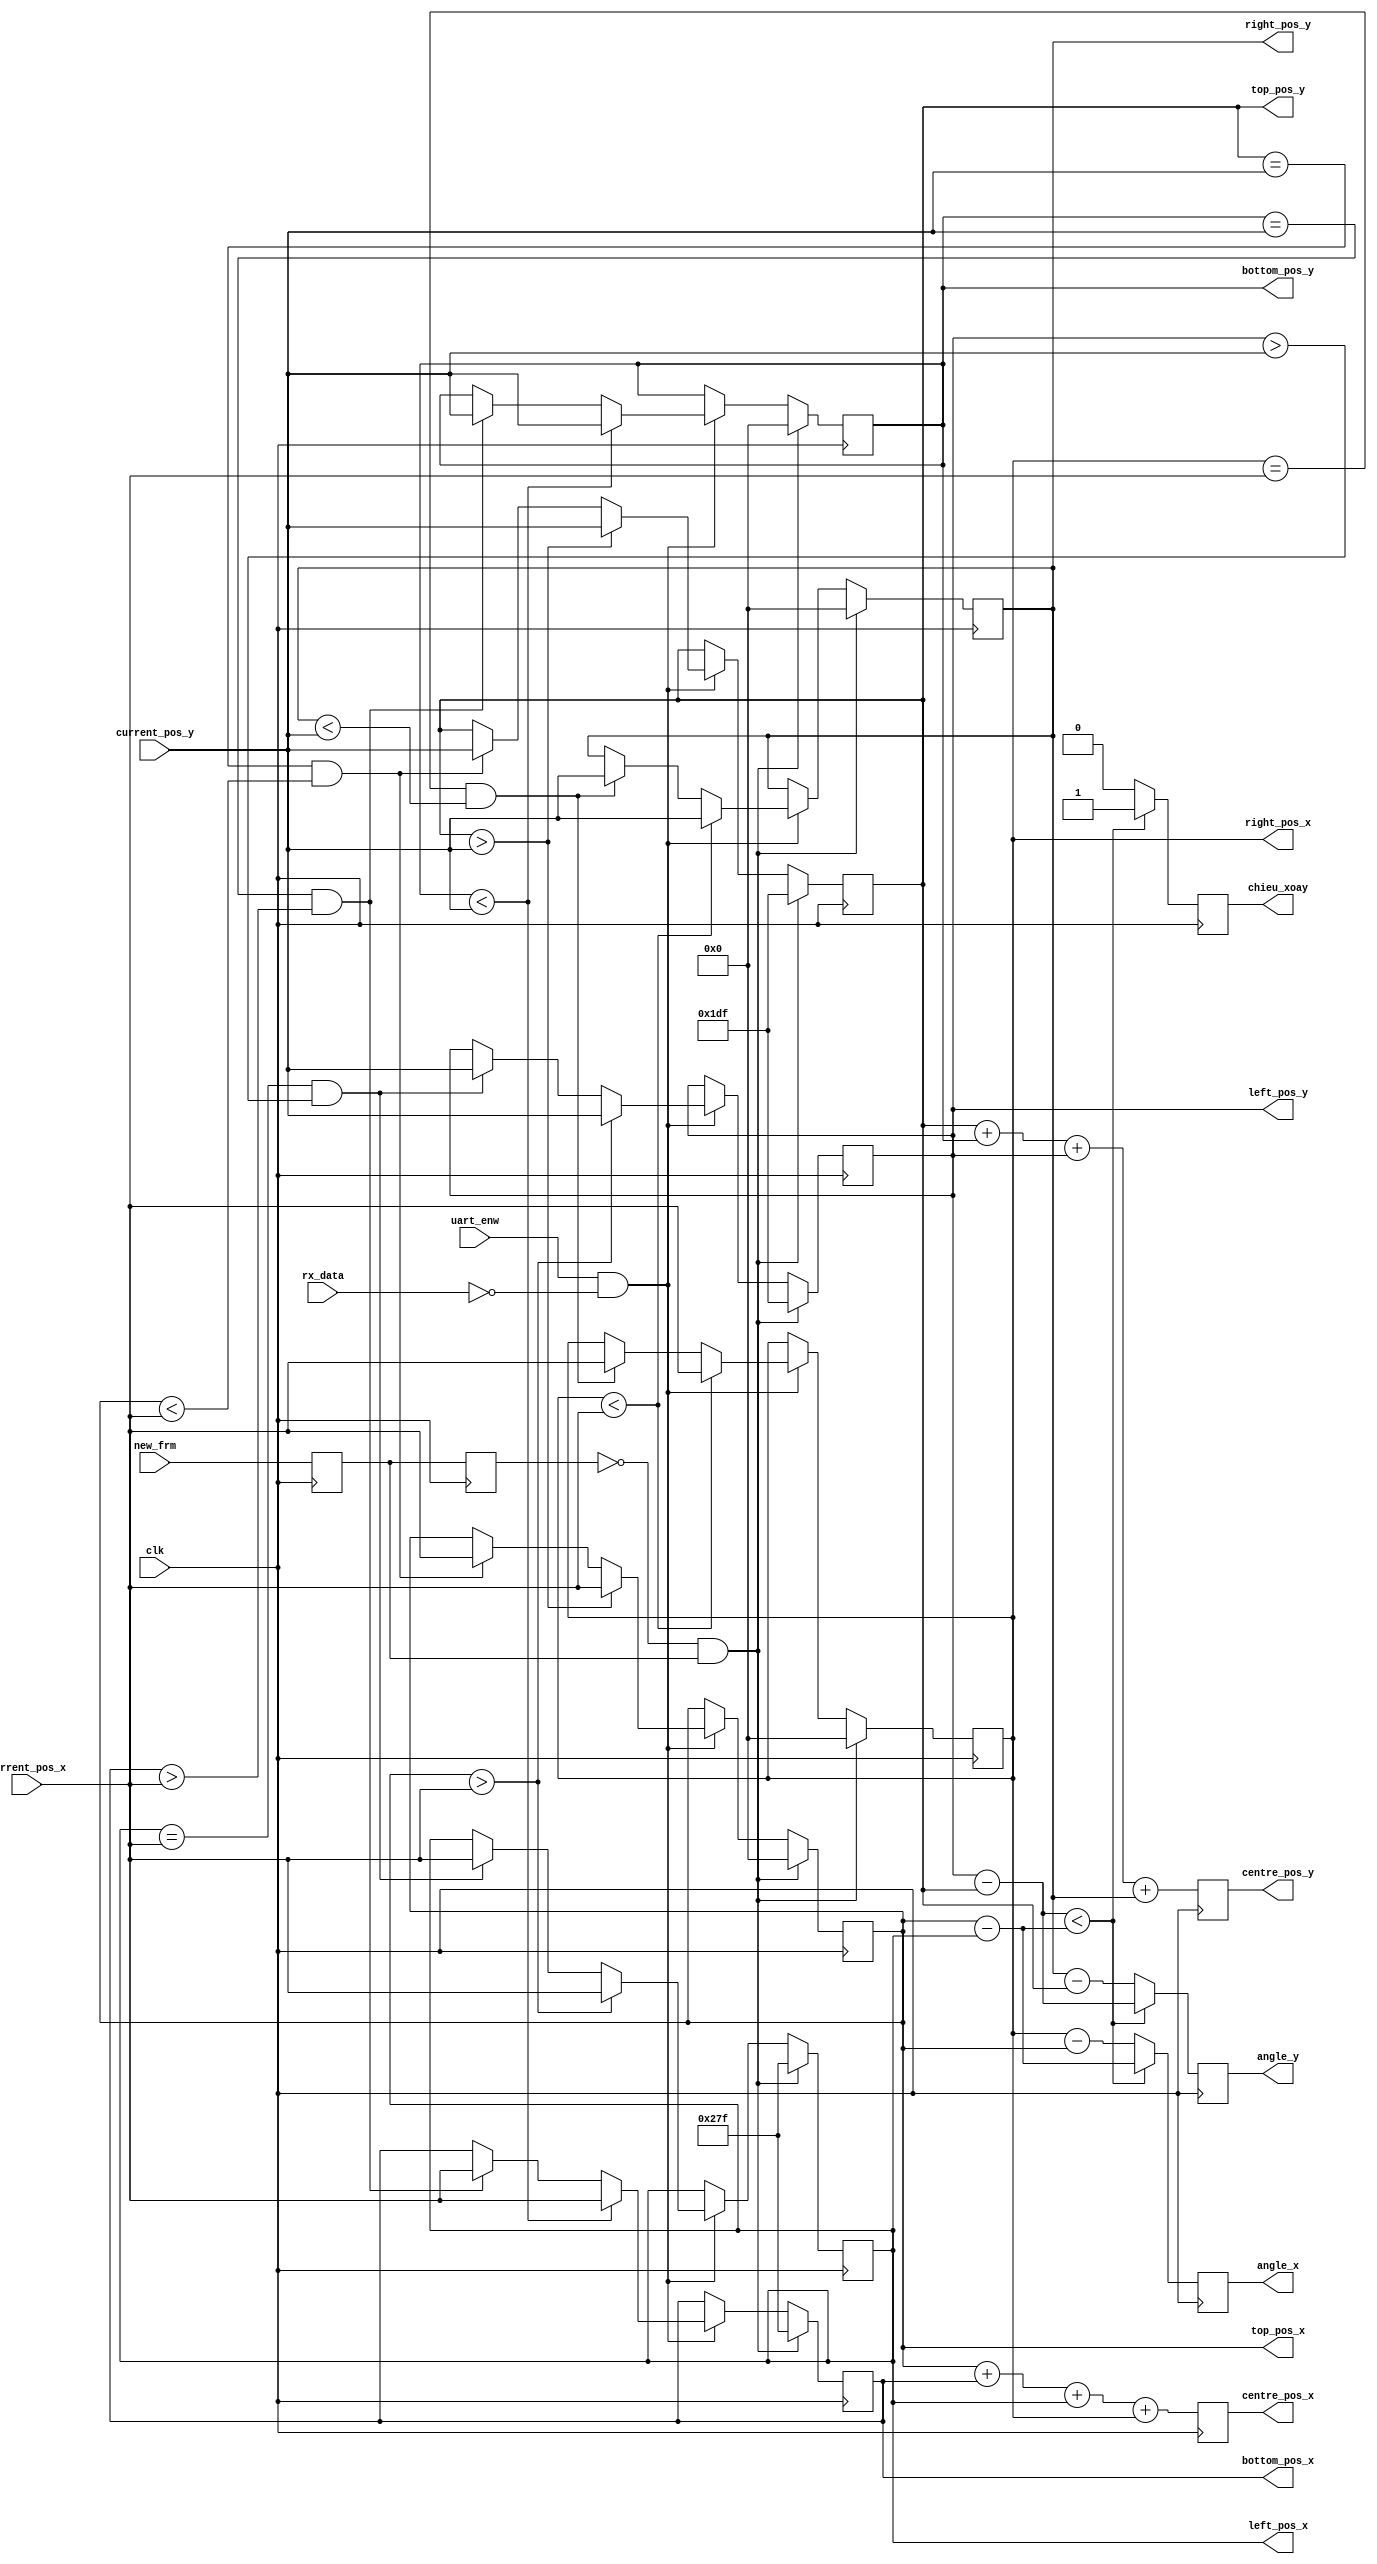
`timescale 1ns / 1ps

module analyst_image2(
			input 	clk,
			input 	rx_data,
			input 	uart_enw	,
			input 	new_frm,
				/////
			input [9:0]	current_pos_x,
			input [9:0]	current_pos_y,
				/////
			output [9:0]	top_pos_x,
			output [9:0]	top_pos_y,
			output [9:0]	bottom_pos_x,
			output [9:0]	bottom_pos_y,
			output [9:0]	left_pos_x,
			output [9:0]	left_pos_y,
			output [9:0]	right_pos_x,
			output [9:0]	right_pos_y,
			output [11:0]	centre_pos_x,
			output [11:0]	centre_pos_y,
			output [9:0]	angle_x,
			output [9:0]	angle_y,
			output chieu_xoay
			
//			//////////////////
//			output [11:0]	centre_pos_x_rs232,
//			output [11:0]	centre_pos_y_rs232,
//			output [9:0]	angle_x_rs232,
//			output [9:0]	angle_y_rs232,
//			output chieu_xoay_rs232,
//			///////////////////
//			output [9:0]	top_pos_x_vga,
//			output [9:0]	top_pos_y_vga,
//			output [9:0]	bottom_pos_x_vga,
//			output [9:0]	bottom_pos_y_vga,
//			output [9:0]	left_pos_x_vga,
//			output [9:0]	left_pos_y_vga,
//			output [9:0]	right_pos_x_vga,
//			output [9:0]	right_pos_y_vga
			);

reg wr_load_r1 = 0;
reg wr_load_r2 = 0;	
always@(posedge clk)
begin
	wr_load_r1 <= new_frm;
	wr_load_r2 <= wr_load_r1;
end
wire	wr_load_flag = ~wr_load_r2 & wr_load_r1;



reg [9:0]	top_pos_x_r = 10'd0;
//reg [9:0]	top_pos_x_r = 10'd639;
reg [9:0]	top_pos_y_r = 10'd479;

always@(posedge clk)
begin
	if(wr_load_flag == 1)
		begin
			top_pos_x_r <= 10'd0;	
			//top_pos_x_r <= 10'd639;	
			top_pos_y_r <= 10'd479;	
		end
	else
		begin
			if((uart_enw == 1'b1) && (rx_data == 1'b0))
				begin		
							if (top_pos_y_r > current_pos_y)
								begin
									top_pos_x_r <= current_pos_x;
									top_pos_y_r <= current_pos_y;
								end
							else if((top_pos_y_r == current_pos_y) && (top_pos_x_r < current_pos_x))
								begin
									top_pos_x_r <= current_pos_x;
									top_pos_y_r <= current_pos_y;
								end
							else
								begin
									top_pos_x_r <= top_pos_x_r;
									top_pos_y_r <= top_pos_y_r;
								end
				end
		end
end
assign	top_pos_x = top_pos_x_r;
assign	top_pos_y = top_pos_y_r;	

/////////////////////////////////////////////////////////////////////////////////
reg [9:0]	bottom_pos_x_r = 10'd639;	
//reg [9:0]	bottom_pos_x_r = 10'd0;	
reg [9:0]	bottom_pos_y_r = 10'd0;	

always@(posedge clk)
begin
	if(wr_load_flag == 1)
		begin
			bottom_pos_x_r <= 10'd639;
			//bottom_pos_x_r <= 10'd0;
			bottom_pos_y_r <= 10'd0;
		end
	else
		begin
			if((uart_enw == 1'b1) && (rx_data == 1'b0))
				begin
							if (bottom_pos_y_r < current_pos_y)
								begin
									bottom_pos_x_r <= current_pos_x;
									bottom_pos_y_r <= current_pos_y;
								end
							else if((bottom_pos_y_r == current_pos_y) && (bottom_pos_x_r > current_pos_x))
								begin
									bottom_pos_x_r <= current_pos_x;
									bottom_pos_y_r <= current_pos_y;
								end
							else
								begin
									bottom_pos_x_r <= bottom_pos_x_r;
									bottom_pos_y_r <= bottom_pos_y_r;
								end
				end
		end
end
assign	bottom_pos_x = bottom_pos_x_r;
assign	bottom_pos_y = bottom_pos_y_r;
//////////////////////////////////////////////////////////////////////////
reg [9:0]	left_pos_x_r = 10'd639;
reg [9:0]	left_pos_y_r = 10'd479;
//reg [9:0]	left_pos_y_r = 10'd0;	

always@(posedge clk)
begin
	if(wr_load_flag == 1)
		begin
			left_pos_x_r <= 10'd639;
			left_pos_y_r <= 10'd479;	
			//left_pos_y_r <= 10'd0;		
		end
	else
		begin
			if((uart_enw == 1'b1) && (rx_data == 1'b0))
				begin
							if (left_pos_x_r > current_pos_x)
								begin
									left_pos_x_r <= current_pos_x;
									left_pos_y_r <= current_pos_y;
								end
							else if((left_pos_x_r == current_pos_x) && (left_pos_y_r > current_pos_y))
								begin
									left_pos_x_r <= current_pos_x;
									left_pos_y_r <= current_pos_y;
								end
							else
								begin
									left_pos_x_r <= left_pos_x_r;
									left_pos_y_r <= left_pos_y_r;
								end
				end
		end
end
assign	left_pos_x = left_pos_x_r;
assign	left_pos_y = left_pos_y_r;	

//////////////////////////////////////////////////////////////////////////////////
reg [9:0]	right_pos_x_r = 10'd0;
reg [9:0]	right_pos_y_r = 10'd0;	
//reg [9:0]	right_pos_y_r = 10'd479;	

always@(posedge clk)
begin
	if(wr_load_flag == 1)
		begin
			right_pos_x_r <= 10'd0;
			right_pos_y_r <= 10'd0;	
			//right_pos_y_r <= 10'd479;		
		end
	else
		begin
			if((uart_enw == 1'b1) && (rx_data == 1'b0))
				begin
							if (right_pos_x_r < current_pos_x)
								begin
									right_pos_x_r <= current_pos_x;
									right_pos_y_r <= current_pos_y;
								end
							else if((right_pos_x_r == current_pos_x) && (right_pos_y_r < current_pos_y))
								begin
									right_pos_x_r <= current_pos_x;
									right_pos_y_r <= current_pos_y;
								end
							else
								begin
									right_pos_x_r <= right_pos_x_r;
									right_pos_y_r <= right_pos_y_r;
								end
				end
		end
end
assign	right_pos_x = right_pos_x_r;
assign	right_pos_y = right_pos_y_r;	


 
reg [11:0] centre_pos_x_r;
reg [11:0] centre_pos_y_r;
always@(posedge clk)
begin
	centre_pos_x_r <= top_pos_x_r + bottom_pos_x_r + left_pos_x_r + right_pos_x_r;
	centre_pos_y_r <= top_pos_y_r + bottom_pos_y_r + left_pos_y_r + right_pos_y_r;
end
assign	centre_pos_x = centre_pos_x_r;
assign	centre_pos_y = centre_pos_y_r;	

reg [9:0] angle_x_r;
reg [9:0] angle_y_r;
reg chieu_xoay_r;
always@(posedge clk)
begin
	if ((left_pos_y_r - top_pos_y_r) < (top_pos_x_r - left_pos_x_r))
		begin
			angle_x_r <= top_pos_x_r - left_pos_x_r;
			angle_y_r <= left_pos_y_r - top_pos_y_r;
			chieu_xoay_r <= 1'b1;
		end
	else
		begin
			angle_x_r <= right_pos_x_r - top_pos_x_r;
			angle_y_r <= right_pos_y_r - top_pos_y_r;
			chieu_xoay_r <= 1'b0;
		end
end
assign	angle_x = angle_x_r;
assign	angle_y = angle_y_r;
assign	chieu_xoay = chieu_xoay_r;	
	
////////////////////////////////////////////////
//reg [11:0]	centre_pos_x_rs232_r;
//reg [11:0]	centre_pos_y_rs232_r;
//reg [9:0]	angle_x_rs232_r;
//reg [9:0]	angle_y_rs232_r;
//reg chieu_xoay_rs232_r;
//
//reg [9:0]	top_pos_x_vga_r;
//reg [9:0]	top_pos_y_vga_r;
//reg [9:0]	bottom_pos_x_vga_r;
//reg [9:0]	bottom_pos_y_vga_r;
//reg [9:0]	left_pos_x_vga_r;
//reg [9:0]	left_pos_y_vga_r;
//reg [9:0]	right_pos_x_vga_r;
//reg [9:0]	right_pos_y_vga_r;
//
//assign	centre_pos_x_rs232 = centre_pos_x_rs232_r;
//assign	centre_pos_y_rs232 = centre_pos_y_rs232_r;
//assign	angle_x_rs232 = angle_x_rs232_r;
//assign	angle_y_rs232 = angle_y_rs232_r;
//assign   chieu_xoay_rs232 = chieu_xoay_rs232_r;
//
//
//assign	top_pos_x_vga = top_pos_x_vga_r;
//assign	top_pos_y_vga = top_pos_y_vga_r;
//assign	bottom_pos_x_vga = bottom_pos_x_vga_r;
//assign	bottom_pos_y_vga = bottom_pos_y_vga_r;
//assign	left_pos_x_vga = left_pos_x_vga_r;
//assign	left_pos_y_vga = left_pos_y_vga_r;
//assign	right_pos_x_vga = right_pos_x_vga_r;
//assign	right_pos_y_vga = right_pos_y_vga_r;
//
//always@(posedge clk)
//begin
//	centre_pos_x_rs232_r <= centre_pos_x_r;
//	centre_pos_y_rs232_r <= centre_pos_y_r;
//	angle_x_rs232_r <= angle_x_r;
//	angle_y_rs232_r <= angle_y_r;
//	chieu_xoay_rs232_r <= chieu_xoay_r;
//	
//	
//	top_pos_x_vga_r <= top_pos_x_r;
//	top_pos_y_vga_r <= top_pos_y_r;
//	bottom_pos_x_vga_r <= bottom_pos_x_r;
//	bottom_pos_y_vga_r <= bottom_pos_y_r;
//	left_pos_x_vga_r <= left_pos_x_r;
//	left_pos_y_vga_r <= left_pos_y_r;
//	right_pos_x_vga_r <= right_pos_x_r;
//	right_pos_y_vga_r <= right_pos_y_r;
//end

//always@(posedge clk)
//begin
//	if (current_pos_y == 480)
//		begin
//			centre_pos_x_rs232_r <= centre_pos_x_r;
//			centre_pos_y_rs232_r <= centre_pos_y_r;
//			angle_x_rs232_r <= angle_x_r;
//			angle_y_rs232_r <= angle_y_r;
//			chieu_xoay_rs232_r <= chieu_xoay_r;
//			
//			
//			top_pos_x_vga_r <= top_pos_x_r;
//			top_pos_y_vga_r <= top_pos_y_r;
//			bottom_pos_x_vga_r <= bottom_pos_x_r;
//			bottom_pos_y_vga_r <= bottom_pos_y_r;
//			left_pos_x_vga_r <= left_pos_x_r;
//			left_pos_y_vga_r <= left_pos_y_r;
//			right_pos_x_vga_r <= right_pos_x_r;
//			right_pos_y_vga_r <= right_pos_y_r;
//		end
//	else
//		begin
//			centre_pos_x_rs232_r <= centre_pos_x_rs232_r;
//			centre_pos_y_rs232_r <= centre_pos_y_rs232_r;
//			angle_x_rs232_r <= angle_x_rs232_r;
//			angle_y_rs232_r <= angle_y_rs232_r;
//			chieu_xoay_rs232_r <= chieu_xoay_rs232_r;
//			
//			top_pos_x_vga_r <= top_pos_x_vga_r;
//			top_pos_y_vga_r <= top_pos_y_vga_r;
//			bottom_pos_x_vga_r <= bottom_pos_x_vga_r;
//			bottom_pos_y_vga_r <= bottom_pos_y_vga_r;
//			left_pos_x_vga_r <= left_pos_x_vga_r;
//			left_pos_y_vga_r <= left_pos_y_vga_r;
//			right_pos_x_vga_r <= right_pos_x_vga_r;
//			right_pos_y_vga_r <= right_pos_y_vga_r;
//		end
//end	
	
	
endmodule